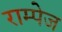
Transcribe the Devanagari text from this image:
राम्पेज